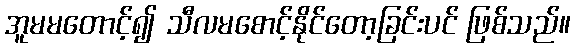
အူမမတောင့်၍ သီလမစောင့်နိုင်တော့ခြင်းပင် ဖြစ်သည်။